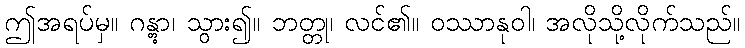
ဤအရပ်မှ။ ဂန္တွာ၊ သွား၍။ ဘတ္တု၊ လင်၏။ ဝဿာနုဝါ၊ အလိုသို့လိုက်သည်။